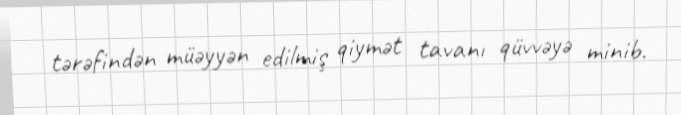
tərəfindən müəyyən edilmiş qiymət tavanı qüvvəyə minib.